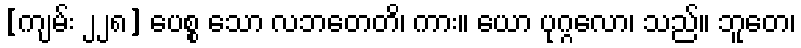
[ကျမ်း ၂၂၈] ပေစ္စ သော လဘတေတိ၊ ကား။ ယော ပုဂ္ဂလော၊ သည်။ ဘူတေ၊